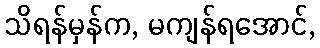
သိရန်မှန်က, မကျန်ရအောင်,